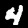
Digit: 4